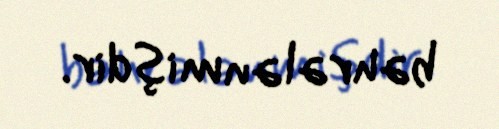
bəhrələnmişdir.